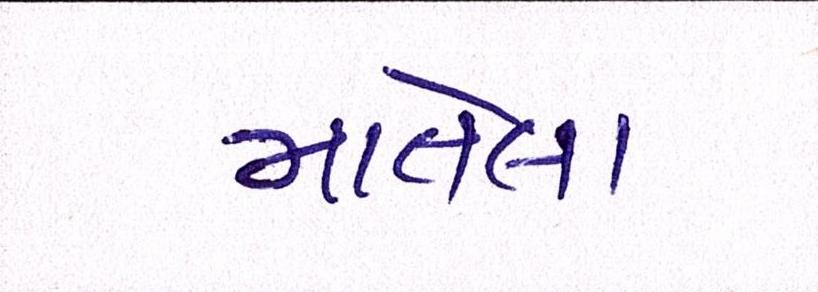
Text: માતેલા